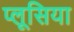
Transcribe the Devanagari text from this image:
प्लूसिया